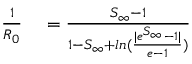
\begin{array} { r l } { \frac { 1 } { R _ { 0 } } } & { { } = \frac { S _ { \infty } - 1 } { 1 - S _ { \infty } + l n ( \frac { | e ^ { S _ { \infty } } - 1 | } { e - 1 } ) } } \end{array}